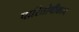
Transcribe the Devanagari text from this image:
पारितोषीकाने